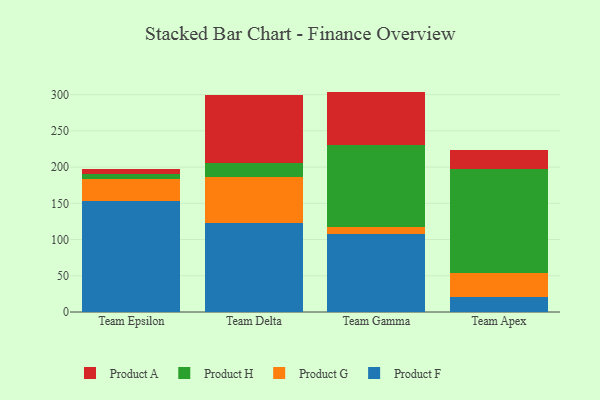
{"axis": {"x": "Team", "y": "Production Output"}, "legend": ["Product A", "Product F", "Product G", "Product H"], "data": [{"x": "Team Epsilon", "y": 153.4, "type": "Product F"}, {"x": "Team Epsilon", "y": 29.7, "type": "Product G"}, {"x": "Team Epsilon", "y": 7.3, "type": "Product H"}, {"x": "Team Epsilon", "y": 6.6, "type": "Product A"}, {"x": "Team Delta", "y": 123.0, "type": "Product F"}, {"x": "Team Delta", "y": 63.6, "type": "Product G"}, {"x": "Team Delta", "y": 19.7, "type": "Product H"}, {"x": "Team Delta", "y": 93.7, "type": "Product A"}, {"x": "Team Gamma", "y": 107.2, "type": "Product F"}, {"x": "Team Gamma", "y": 9.9, "type": "Product G"}, {"x": "Team Gamma", "y": 114.0, "type": "Product H"}, {"x": "Team Gamma", "y": 73.1, "type": "Product A"}, {"x": "Team Apex", "y": 20.8, "type": "Product F"}, {"x": "Team Apex", "y": 32.4, "type": "Product G"}, {"x": "Team Apex", "y": 143.5, "type": "Product H"}, {"x": "Team Apex", "y": 27.2, "type": "Product A"}]}